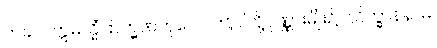
ဘခင်။ ဣမသ္မိံဗြာဟ္မဏကုလေ၊ ဤငါတို့ပုဏ္ဏားမျိုး၌။ သိက္ခာနိနာမ၊